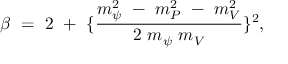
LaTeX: \beta ~ = ~ 2 ~ + ~ \{ \frac { m _ { \psi } ^ { 2 } ~ - ~ m _ { P } ^ { 2 } ~ - ~ m _ { V } ^ { 2 } } { 2 ~ m _ { \psi } ~ m _ { V } } \} ^ { 2 } ,